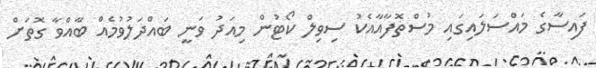
ފައިސާގެ މައްސަލައިގައި މުސްތޮފާއާއެކު ސިވިލް ކޯޓުން މިއަދު ވަނީ ބައްދަލުވުމެއް ބާއްވާ ގޮތަށް